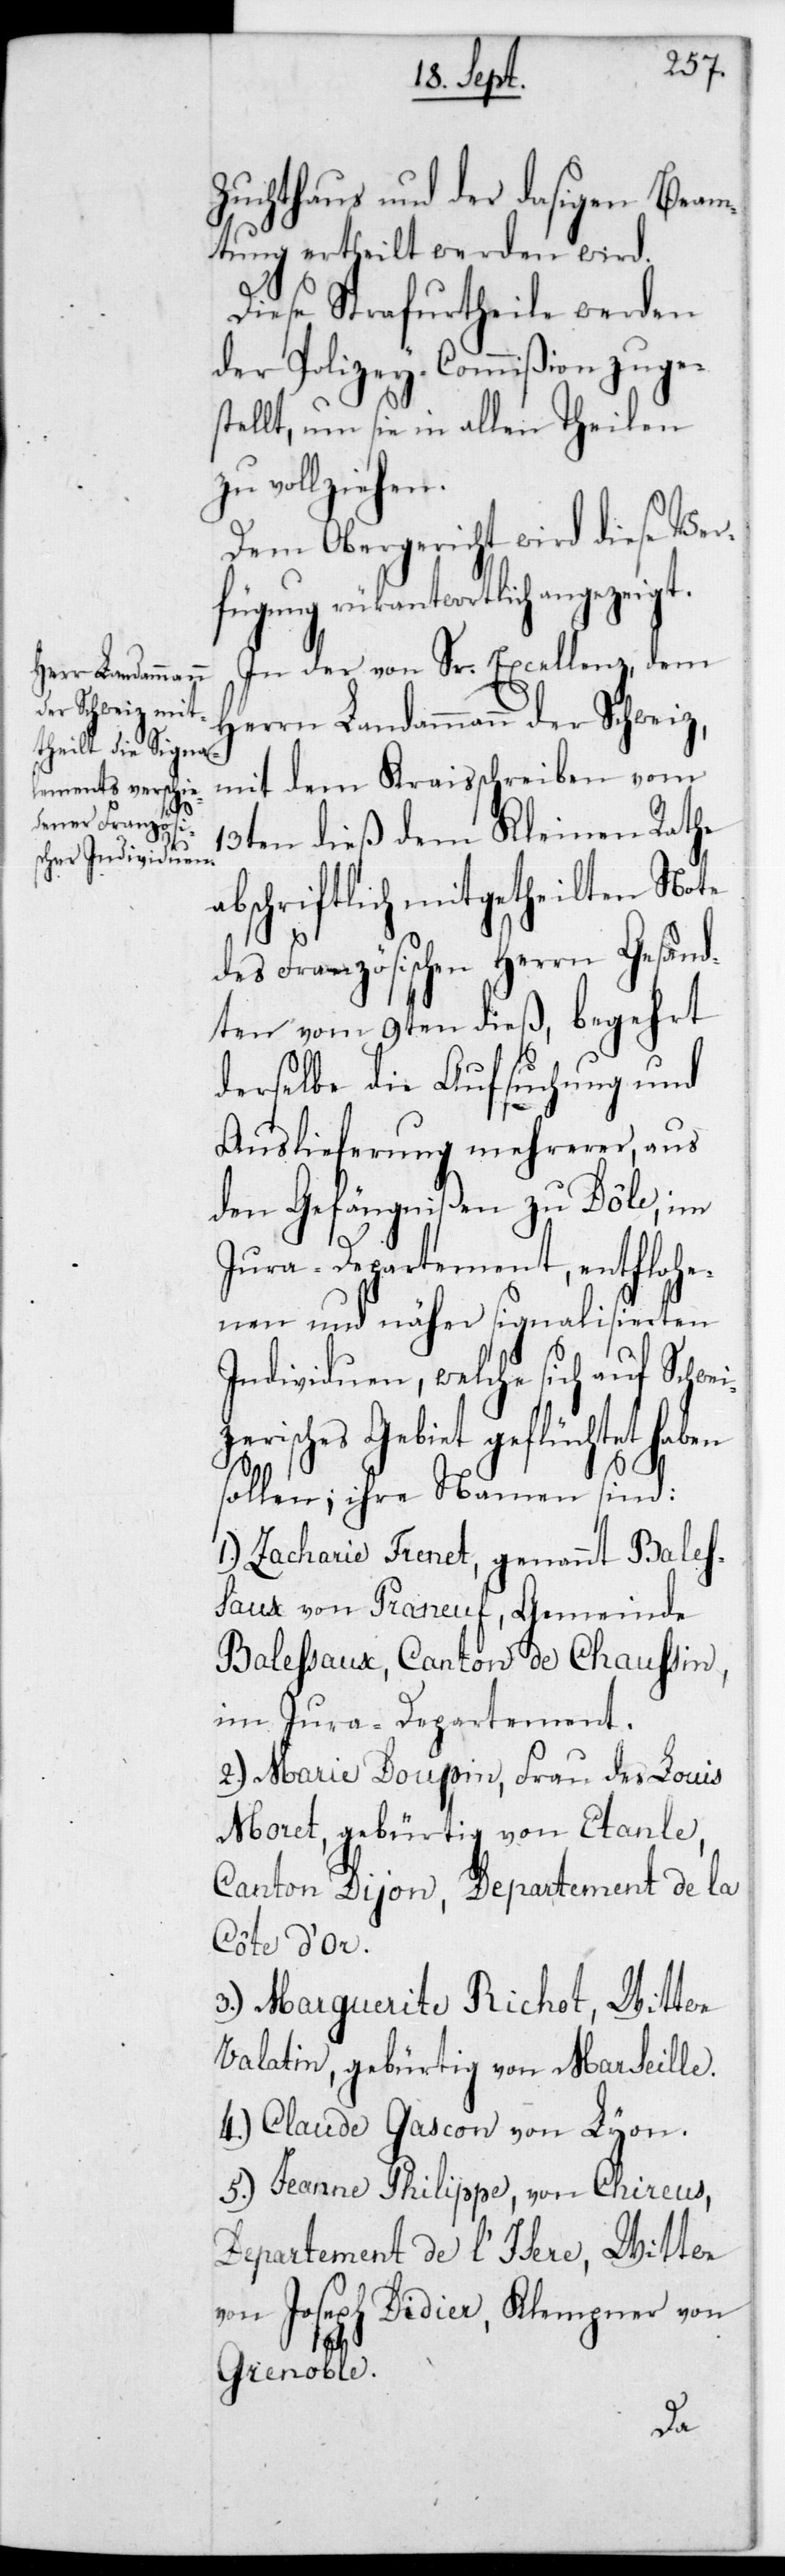
t.

Zuchthaus und der dasigen Beam¬
tung ertheilt werden wird.
z¬
Diese Strafurtheile werden
der Polizey-Commißion zuge¬
stellt, um sie in allen Theilen
zu vollziehen.
Dem Obergericht wird diese Ver¬
fügung rückantwortlich angezeig¬
In der von Sr. Excellenz,dem
Herrn Landammann der Schweiz,
mit dem Kraisschreiben vom
13ten dieß dem Kleinen Rathe
abschriftlich mitgetheilten Note
des Französischen Herrn Gesand¬
ten vom 9ten dieß, begehrt
derselbe die Aufsuchung und
Auslieferung mehrerer, aus
den Gefängnißen zu Dôle, im
Jura-Departement, entflohe¬
nen und näher signalisierten
Individuen, welche sich auf Schwei¬
erisches Gebiet geflüchtet
sollen; ihre Namen sind:
1.) Zacharie Frenet, genannt Bales¬
saux von Praneuf, Gemeinde
Balessaux, Canton de Chaussin,
im Jura-Departement.
2.) Marie Doupin, Frau des Louis
Moret, gebürtig von Etanle,
Canton Dijon, Departement de la
Côte d’or.
3.) Marguerite Richot, Wittwe
Valatin, gebürtig von Marseille.
4.) Claude Cascon von Lyon.
5.) Jeanne Philippe, von Chireus,
Departement de l’Isere, Wittwe
von Joseph Didier, Klempner von
Grenoble.